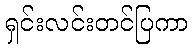
ရှင်းလင်းတင်ပြကာ